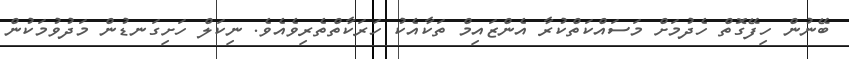
ބޭނުން ހިފޭގޮތް ހެދުމަށް މަސައްކަތްކުރާ އެންޒައިމް ތަކާއެކު ހަރަކާތްތެރިވެއެވެ. ނިކަލް ހަށިގަނޑުން މަދުވުމަކުން